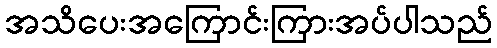
အသိပေးအကြောင်းကြားအပ်ပါသည်